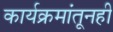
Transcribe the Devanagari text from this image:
कार्यक्रमांतूनही